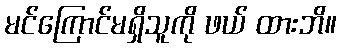
မင်ကြောင်မရှိသူကို ဖယ် ထားဘိ။